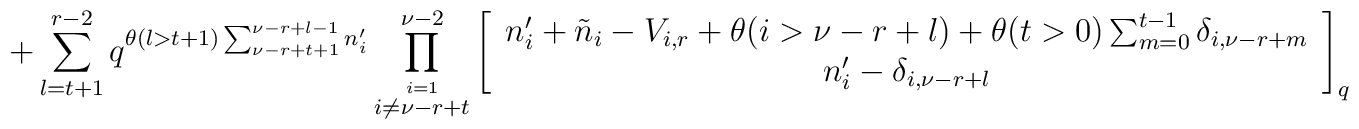
+\sum_{l=t+1}^{r-2}q^{\theta(l>t+1)\sum_{\nu-r+t+1}^{\nu-r+l-1}n'_i}\prod_{\stackrel{i=1}{i\neq \nu-r+t}}^{\nu-2}\left[\begin{array}{c}n'_i+\tilde{n}_i-V_{i,r}+\theta(i>\nu-r+l)+\theta(t>0)\sum_{m=0}^{t-1}\delta_{i,\nu-r+m} \\n'_i-\delta_{i,\nu-r+l} \end{array}\right]_q \times